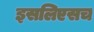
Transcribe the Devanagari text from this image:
इसलिएसच